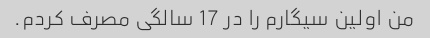
من اولین سیگارم را در 17 سالگی مصرف کردم.